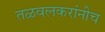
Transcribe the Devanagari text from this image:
तळवलकरांनीच